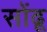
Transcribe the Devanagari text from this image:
सोंढू